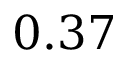
0 . 3 7